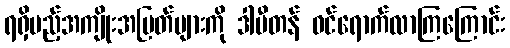
ရရှိမည့်အကျိုးအမြတ်များကို ဒါပီတန် ဝင်ရောက်လာကြကြောင်း